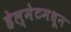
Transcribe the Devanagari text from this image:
हेल्मेटमधून